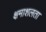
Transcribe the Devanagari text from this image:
क्षमाशलता